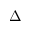
\Delta